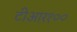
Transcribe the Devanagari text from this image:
टीआर१००